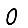
Digit: 0